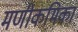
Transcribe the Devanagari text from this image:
मणीकमिका